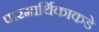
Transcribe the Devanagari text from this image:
पारमार्थिकाकडे